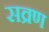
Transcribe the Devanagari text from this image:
सव्रण